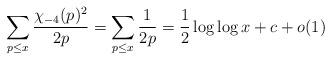
LaTeX: \begin{align*}\sum_{p \leq x} \frac{\chi_{-4}(p)^{2}}{2p} = \sum_{p \leq x} \frac{1}{2p} = \frac{1}{2} \log \log x+c+o(1)\end{align*}